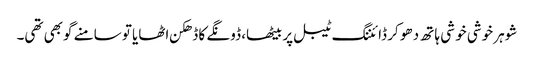
شوہر خوشی خو شی ہا تھ دھو کر ڈائننگ ٹیبل پر بیٹھا، ڈونگے کا ڈھکن اٹھایا تو سامنے گوبھی تھی۔